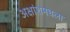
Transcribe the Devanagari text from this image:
अक्षांशमधला